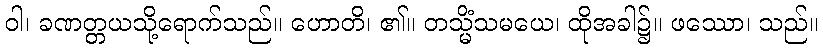
ဝါ၊ ခဏတ္တယသို့ရောက်သည်။ ဟောတိ၊ ၏။ တသ္မိံသမယေ၊ ထိုအခါ၌။ ဖဿော၊ သည်။